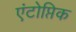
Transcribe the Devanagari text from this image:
एंटोप्तिक